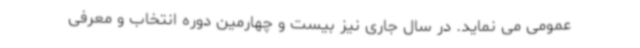
عمومی می نماید. در سال جاری نیز بیست و چهارمین دوره انتخاب و معرفی